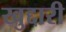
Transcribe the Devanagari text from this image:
खुद्दारी